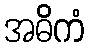
အဓိကံ